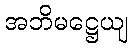
အဘိမဋ္ဌေယျ